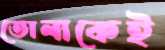
তোলাকেই